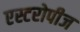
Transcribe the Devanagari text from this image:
एस्टरोपीज